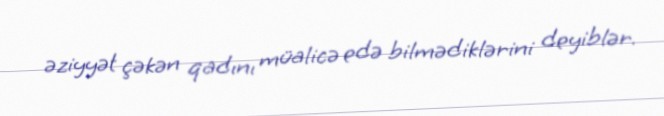
əziyyət çəkən qadını müalicə edə bilmədiklərini deyiblər.